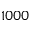
1 0 0 0